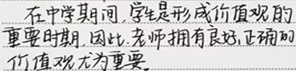
在中学期间，学生是形成价值观的重要时期. 因此，老师拥有良好、正确的价值观尤为重要.